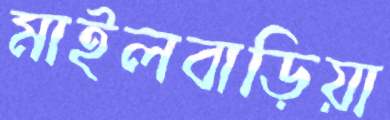
মাইলবাড়িয়া